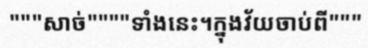
"""សាច់""""ទាំងនេះ។ក្នុងវ័យចាប់ពី"""